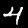
Digit: 4